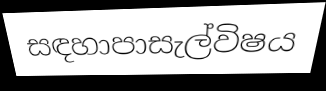
සඳහාපාසැල්විෂය